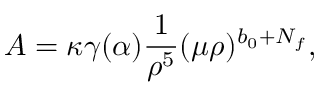
{ \cal A } = \kappa \gamma ( \alpha ) \frac { 1 } { \rho ^ { 5 } } ( \mu \rho ) ^ { b _ { 0 } + N _ { f } } ,